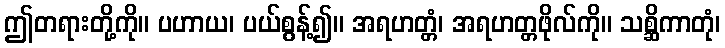
ဤတရားတို့ကို။ ပဟာယ၊ ပယ်စွန့်၍။ အရဟတ္တံ၊ အရဟတ္တဖိုလ်ကို။ သစ္ဆိကာတုံ၊